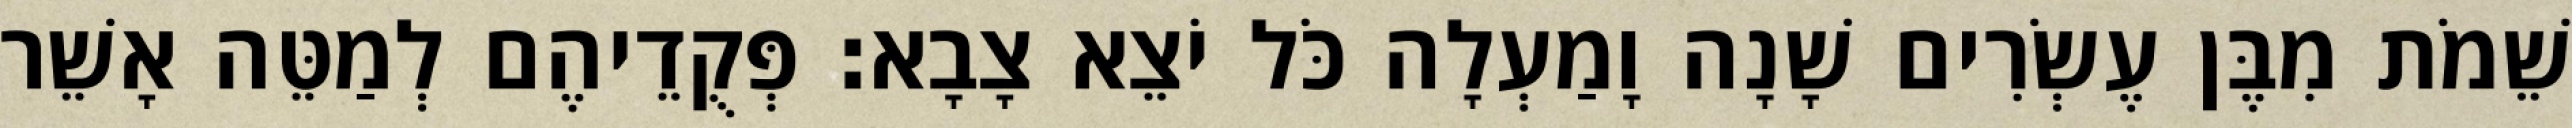
שֵׁמֹת מִבֶּן עֶשְׂרִים שָׁנָה וָמַעְלָה כֹּל יֹצֵא צָבָא׃ פְּקֻדֵיהֶם לְמַטֵּה אָשֵׁר